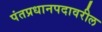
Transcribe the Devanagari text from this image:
पंतप्रधानपदावरील